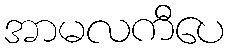
အာမလကီပေ